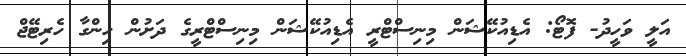
އަލީ ވަހީދު- ފޮޓޯ: އެޑިއުކޭޝަން މިނިސްޓްރީ އެޑިއުކޭޝަން މިނިސްޓްރީގެ ދަށުން ހިންގާ ހެރިޓޭޖް